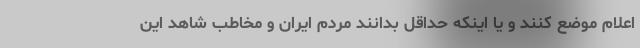
اعلام موضع کنند و یا اینکه حداقل بدانند مردم ایران و مخاطب شاهد این